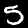
Label: 5